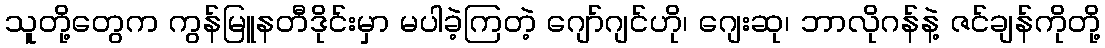
သူတို့တွေက ကွန်မြူနတီဒိုင်းမှာ မပါခဲ့ကြတဲ့ ဂျော်ဂျင်ဟို၊ ဂျေးဆု၊ ဘာလိုဂန်နဲ့ ဇင်ချန်ကိုတို့